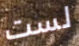
لست